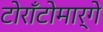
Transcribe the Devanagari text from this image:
टोराँटोमार्गे